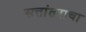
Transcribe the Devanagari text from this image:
सत्तांतराचा